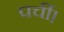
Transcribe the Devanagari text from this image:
पर्ची।